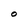
Character: O